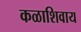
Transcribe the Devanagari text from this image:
कळाशिवाय